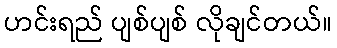
ဟင်းရည် ပျစ်ပျစ် လိုချင်တယ်။